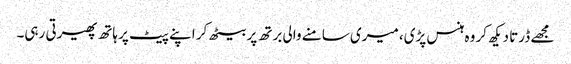
مجھے ڈرتا دیکھ کر وہ ہنس پڑی، میری سامنے والی برتھ پر بیٹھ کر اپنے پیٹ پر ہاتھ پھیرتی رہی۔